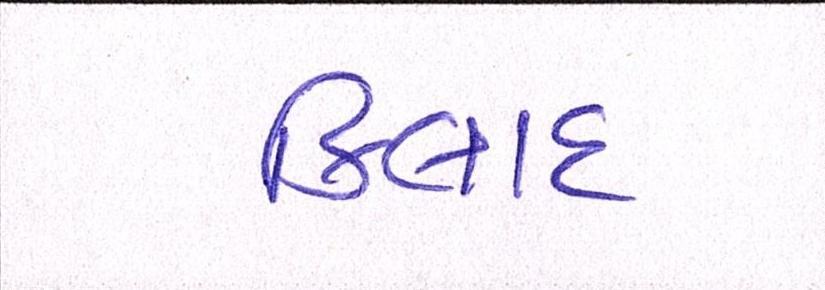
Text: કિલાદ